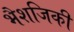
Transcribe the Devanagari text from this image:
भैशजिकी